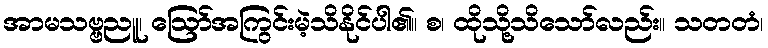
အာမသဗ္ဗညူ၊ ဩော်အကြွင်းမဲ့သိနိုင်ပါ၏။ စ၊ ထိုသို့သိသော်လည်း။ သတတံ၊